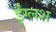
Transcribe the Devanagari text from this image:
ईंग्लश